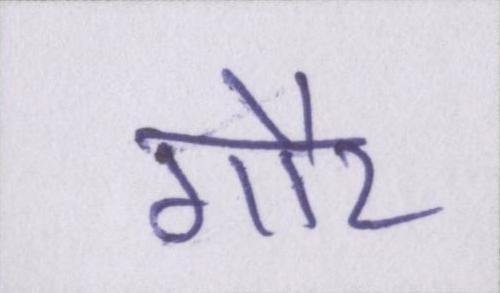
गौर